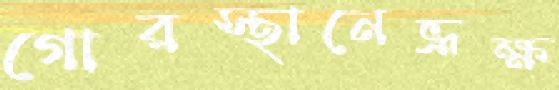
গোরস্থানেভ্রূক্ষ